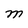
Character: M